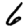
Digit: 6